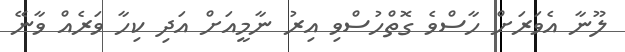
ލޫނާ އެވަރަށް ހާސްވެ ގޮތްހުސްވި އިރު ނާމީއަށް އަދި ކިހާ ވަރެއް ވާނޭ